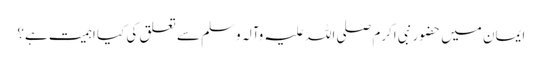
ایمان میں حضور نبی اکرم صلی اللہ علیہ وآلہ وسلم سے تعلق کی کیا اہمیت ہے؟